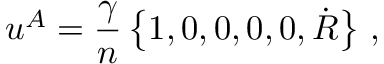
u ^ { A } = { \frac { \gamma } { n } } \left\{ 1 , 0 , 0 , 0 , 0 , \dot { \cal R } \right\} \, ,